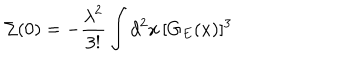
\Sigma ( 0 ) = - \frac { { \lambda } ^ { 2 } } { 3 ! } \int d ^ { 2 } x \, [ G _ { E } ( x ) ] ^ { 3 }